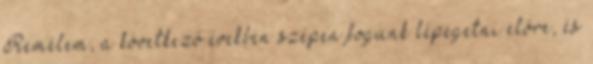
Remélem, a következő években szépen fogunk lépegetni előre, és